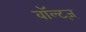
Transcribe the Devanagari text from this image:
वॉल्ट्ज्